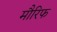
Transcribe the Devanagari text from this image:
मौरिफ